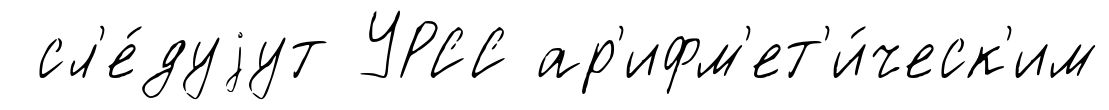
сл'е́дуjут УРСС ар'ифм'ет'и́ческ'им